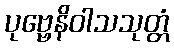
ပုဗ္ဗေနိဝါသသုတ္တံ